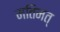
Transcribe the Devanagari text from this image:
मतिमत्‌